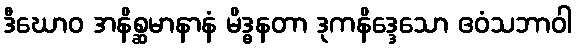
ဒီဃောဝ အနိစ္ဆမာနာနံ မိဒ္ဓနတာ ဒုကနိဒ္ဒေသော ဧဝံသဘာဝါ